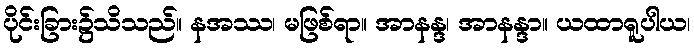
ပိုင်းခြား၌သိသည်။ နအဿ၊ မဖြစ်ရာ။ အာနန္ဒ၊ အာနန္ဒာ။ ယထာရူပါယ၊